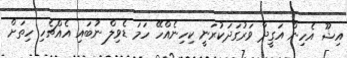
އިޝޫ އެހިން އަގީދާ ވަރުގަދަކުރަނީ ކިހިނެއްހޭ ހަމަ ޑެވިލް ނުބައި އެއްޗެހި ހިތަށް